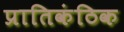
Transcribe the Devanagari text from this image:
प्रातिकंठिक